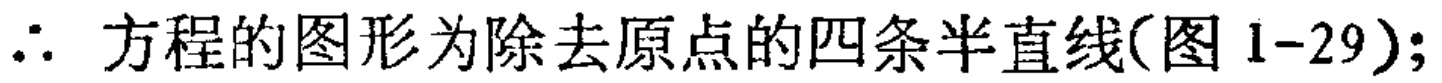
$\therefore$ 方程的图形为除去原点的四条半直线(图 1-29);